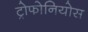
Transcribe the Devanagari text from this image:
ट्रोफोनियोस